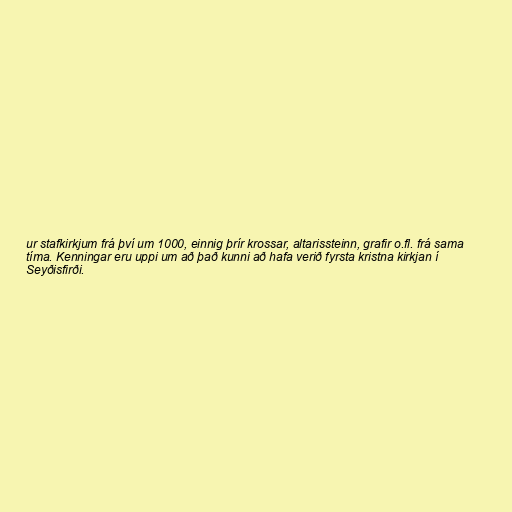
ur stafkirkjum frá því um 1000, einnig þrír krossar, altarissteinn, grafir o.fl. frá sama
tíma. Kenningar eru uppi um að það kunni að hafa verið fyrsta kristna kirkjan í
Seyðisfirði.